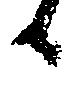
候